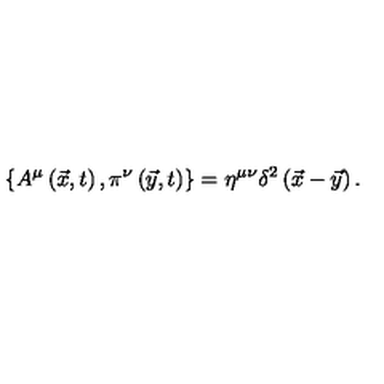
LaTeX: \left\{ A ^ { \mu } \left( \vec { x } , t \right) , \pi ^ { \nu } \left( \vec { y } , t \right) \right\} = \eta ^ { \mu \nu } \delta ^ { 2 } \left( \vec { x } - \vec { y } \right) .